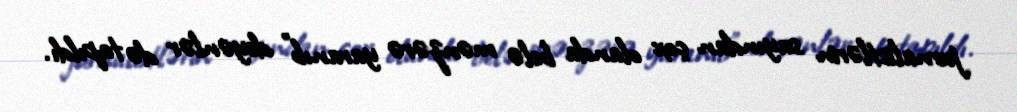
jurnalistlərin sayından çox olanda belə mənzərə yaranıb” deyənlər də tapıldı.